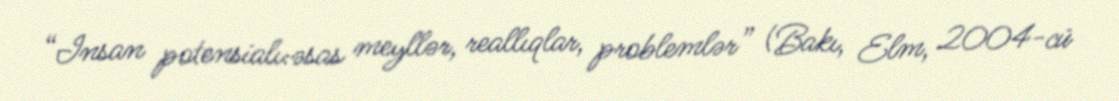
“Insan potensialı:əsas meyllər, reallıqlar, problemlər” (Bakı, Elm, 2004-cü